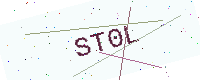
Text: ST0L